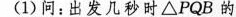
(1)问：出发几秒时\bigtriangleup PQB的